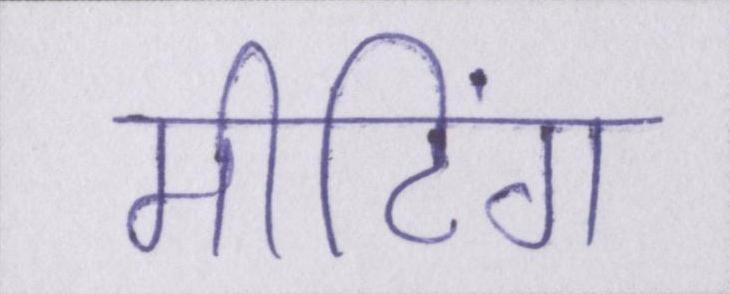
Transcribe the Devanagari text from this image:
मीटिंग